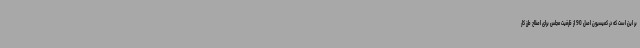
بر این است که در کمیسیون اصل 90 از ظرفیت مجلس برای اصلاح طرز کار